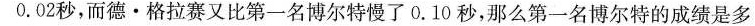
0.02秒，而德·格拉赛又比第一名博尔特慢了0.10秒，那么第一名博尔特的成绩是多